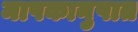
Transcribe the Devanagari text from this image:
मापकानुपात